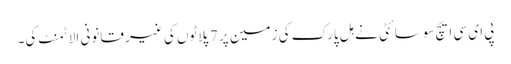
پی ای سی ایچ سوسائٹی نے ہل پارک کی زمین پر 7 پلاٹوں کی غیر قانونی الاٹمنٹ کی۔